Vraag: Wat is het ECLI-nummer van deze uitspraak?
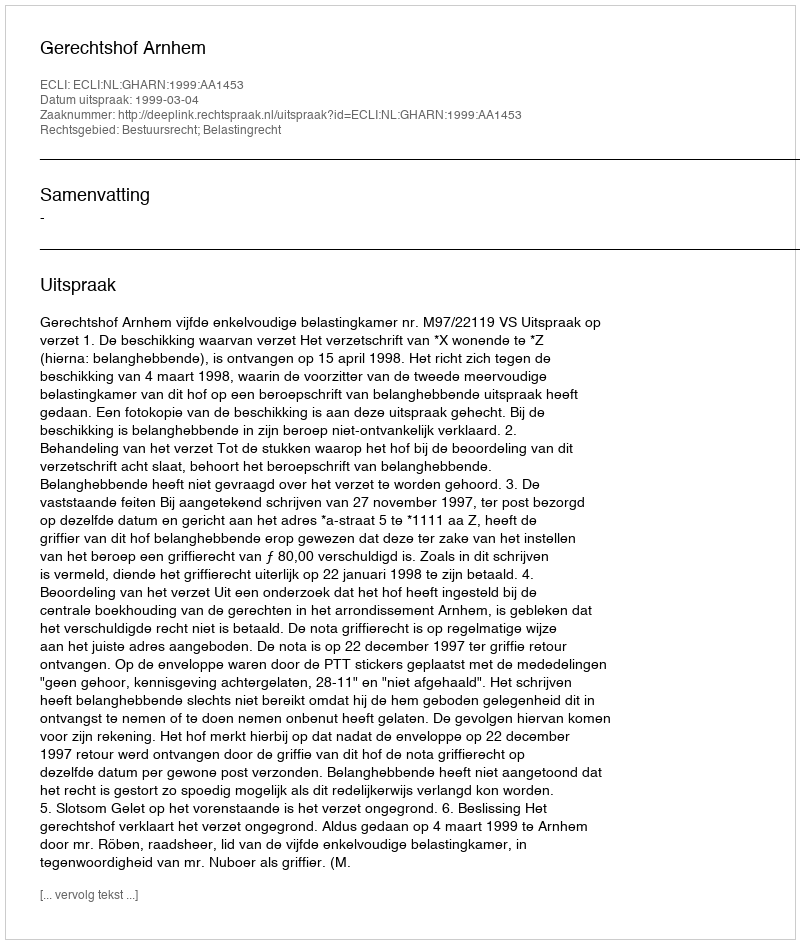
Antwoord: ECLI:NL:GHARN:1999:AA1453